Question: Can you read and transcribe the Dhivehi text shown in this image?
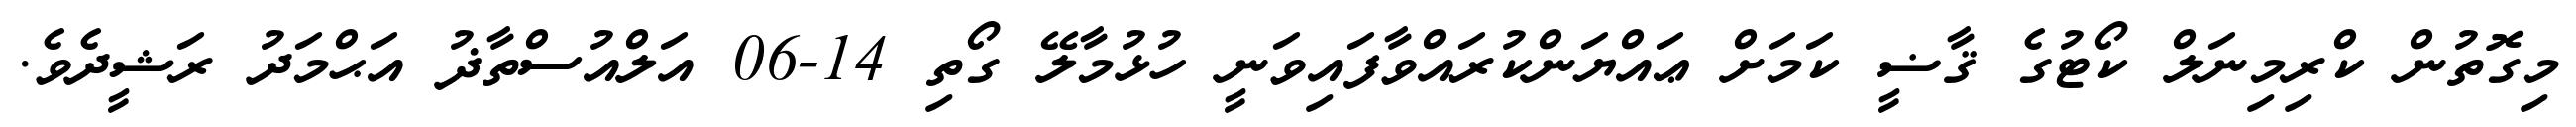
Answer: މިގޮތުން ކްރިމިނަލް ކޯޓުގެ ޤާޟީ ކަމަށް ޢައްޔަންކުރައްވާފައިވަނީ ހުޅުމާލޭ ގޯތި 14-06 އަލްއުސްތާޛު އަޙްމަދު ރަޝީދެވެ.